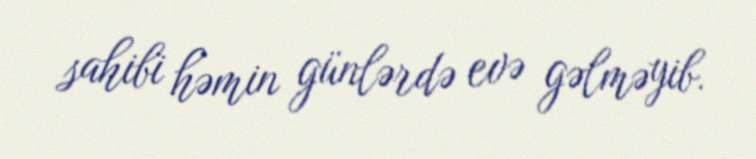
sahibi həmin günlərdə evə gəlməyib.